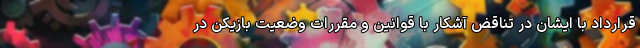
قرارداد با ایشان در تناقض آشکار با قوانین و مقررات وضعیت بازیکن در